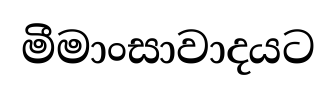
මීමාංසාවාදයට